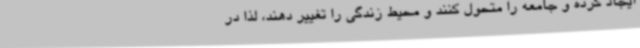
ایجاد کرده و جامعه را متحول کنند و محیط زندگی را تغییر دهند، لذا در